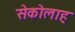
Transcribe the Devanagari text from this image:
सेकोलाह